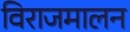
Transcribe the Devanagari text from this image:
विराजमालन